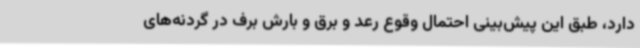
دارد، طبق این پیش‌بینی احتمال وقوع رعد و برق و بارش برف در گردنه‌های